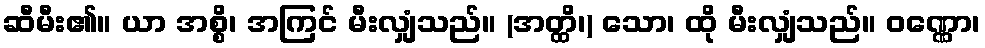
ဆီမီး၏။ ယာ အစ္စိ၊ အကြင် မီးလျှံသည်။ (အတ္ထိ၊) သော၊ ထို မီးလျှံသည်။ ဝဏ္ဏော၊